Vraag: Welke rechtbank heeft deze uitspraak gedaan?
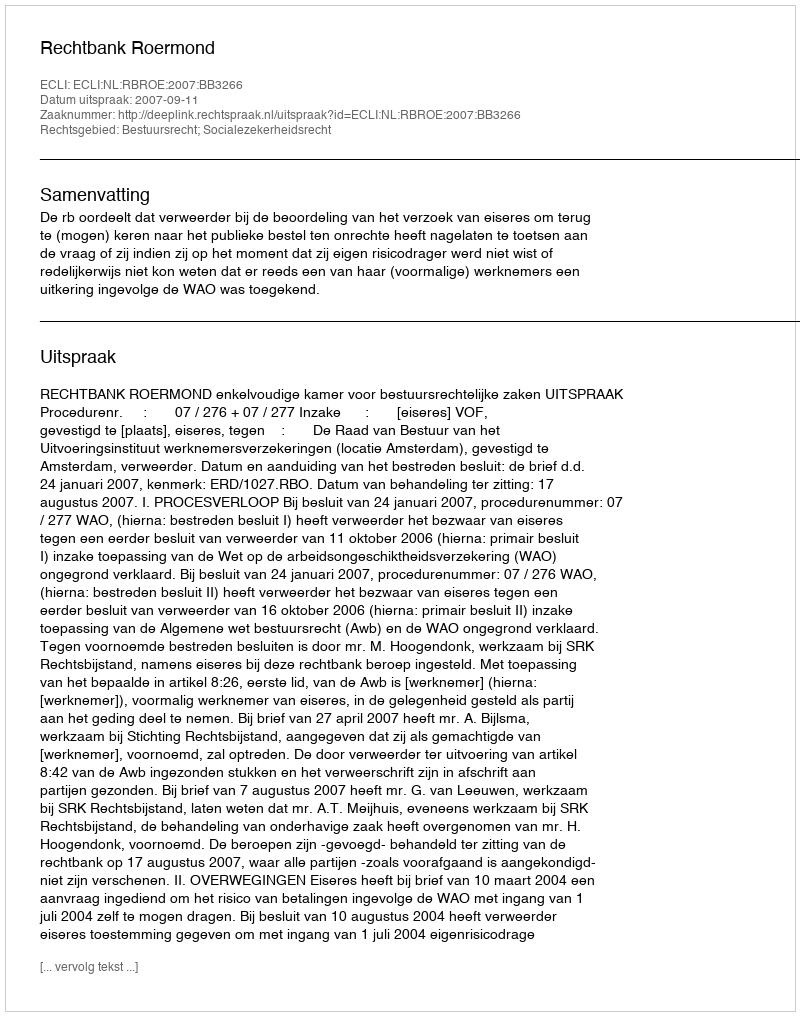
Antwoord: Rechtbank Roermond